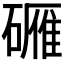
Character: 𬒡